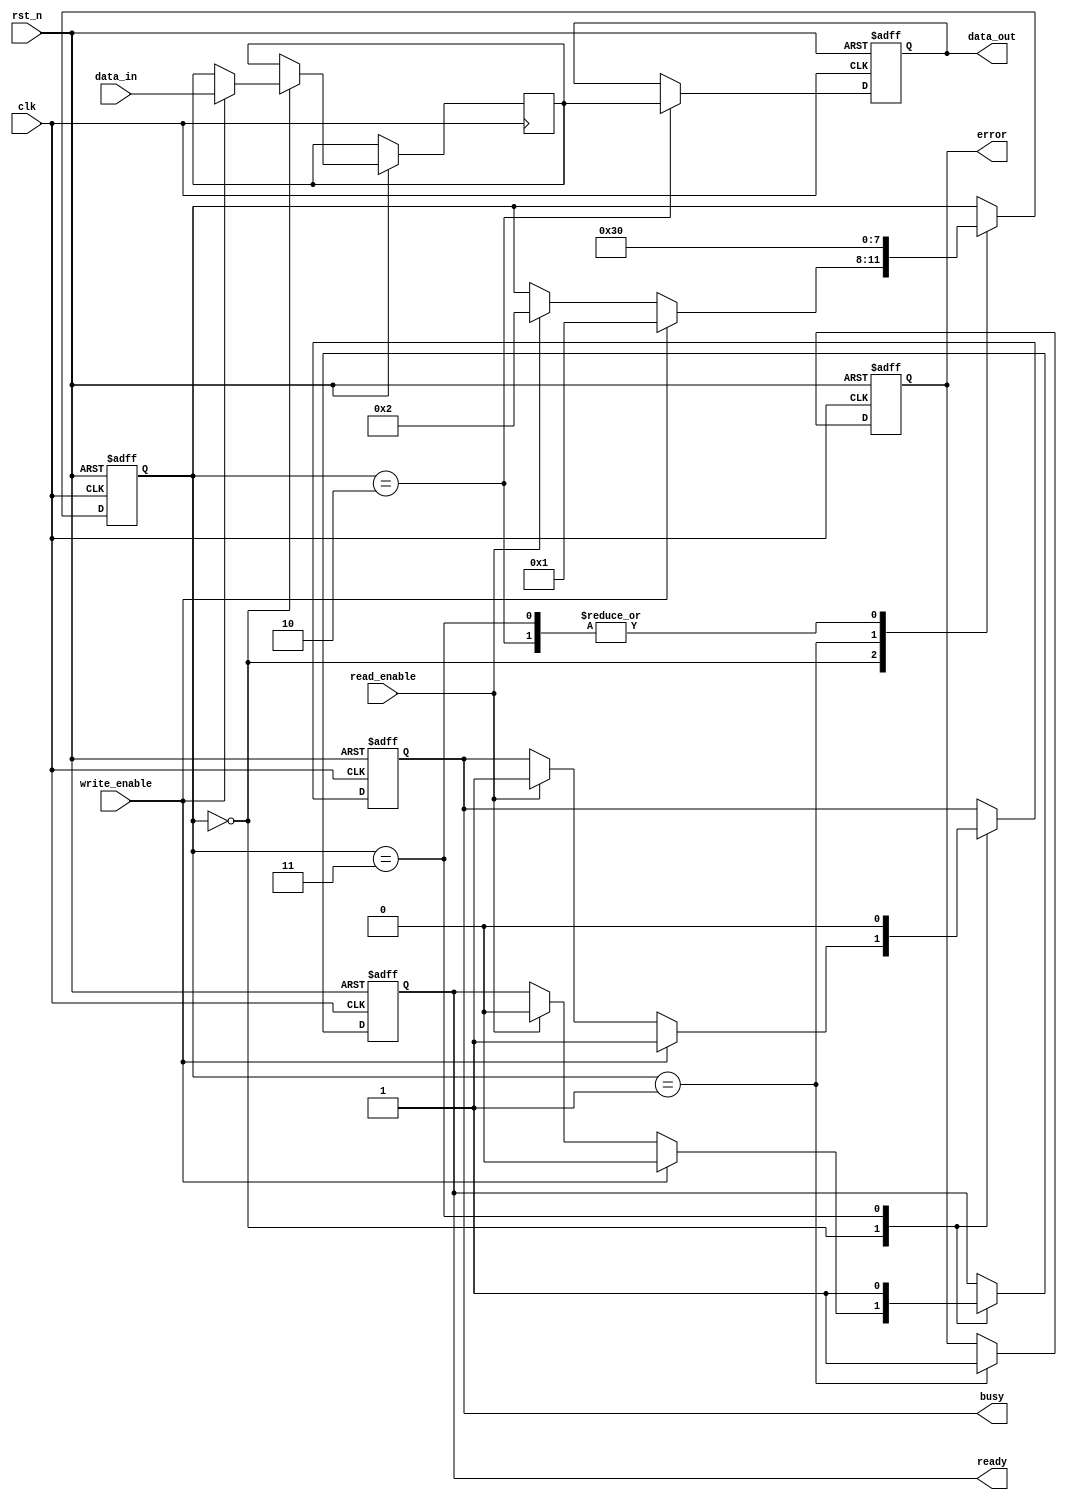
module pcm_io_block (
    input wire clk,                  // Clock signal
    input wire rst_n,                // Active low reset
    input wire [7:0] data_in,        // Data input (8 bits)
    input wire write_enable,          // Write enable signal
    input wire read_enable,           // Read enable signal
    output reg [7:0] data_out,       // Data output (8 bits)
    output reg busy,                  // Busy signal
    output reg ready,                 // Ready signal
    output reg error                  // Error signal (for simplicity)
);

    // Internal registers
    reg [7:0] data_buffer;           // Data buffer for input
    reg [3:0] state;                 // State variable
    localparam IDLE     = 4'd0,
               WRITE    = 4'd1,
               READ     = 4'd2,
               ERROR    = 4'd3;

    // State machine for control signals
    always @(posedge clk or negedge rst_n) begin
        if (!rst_n) begin
            state <= IDLE;
            data_out <= 8'b0;
            busy <= 1'b0;
            ready <= 1'b1;
            error <= 1'b0;
        end else begin
            case (state)
                IDLE: begin
                    if (write_enable) begin
                        busy <= 1'b1;
                        ready <= 1'b0;
                        data_buffer <= data_in;
                        state <= WRITE;
                    end else if (read_enable) begin
                        busy <= 1'b1;
                        ready <= 1'b0;
                        state <= READ;
                    end
                end
                
                WRITE: begin
                    // Simulate a write operation
                    // Here you may include additional logic for error checking
                    if (/* condition for error */ 1'b0) begin
                        error <= 1'b0; // No error
                        // Normally, here you would interface with the memory
                        state <= IDLE; // Go back to IDLE after write
                    end else begin
                        error <= 1'b1; // Set error if something goes wrong
                        state <= ERROR;
                    end
                end
                
                READ: begin
                    // Simulate a read operation
                    // Normally, here you would read from the memory
                    data_out <= data_buffer; // For simulation, output the buffer
                    state <= IDLE; // Go back to IDLE after read
                end
                
                ERROR: begin
                    busy <= 1'b0;
                    ready <= 1'b1;
                    // Handle error state (could reset or retry logic)
                    state <= IDLE;
                end
            endcase
        end
    end
    
endmodule